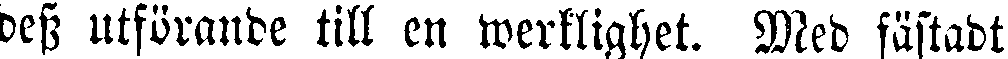
dess utförande till en werklighet. Med fästadt